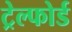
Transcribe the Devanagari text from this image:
ट्रेल्फोर्ड